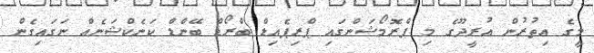
މީގެ އިތުރުން އުރީދޫގެ މި ޕްރޮމޯޝަންގައި ޕްރިޕެއިޑް ބްރޯޑް ބޭންޑް ކަނެކްޝަނެއް ނަގައިގެން